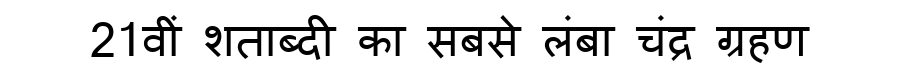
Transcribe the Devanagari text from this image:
21वीं शताब्दी का सबसे लंबा चंद्र ग्रहण